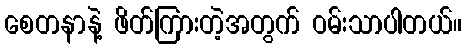
စေတနာနဲ့ ဖိတ်ကြားတဲ့အတွက် ဝမ်းသာပါတယ်။